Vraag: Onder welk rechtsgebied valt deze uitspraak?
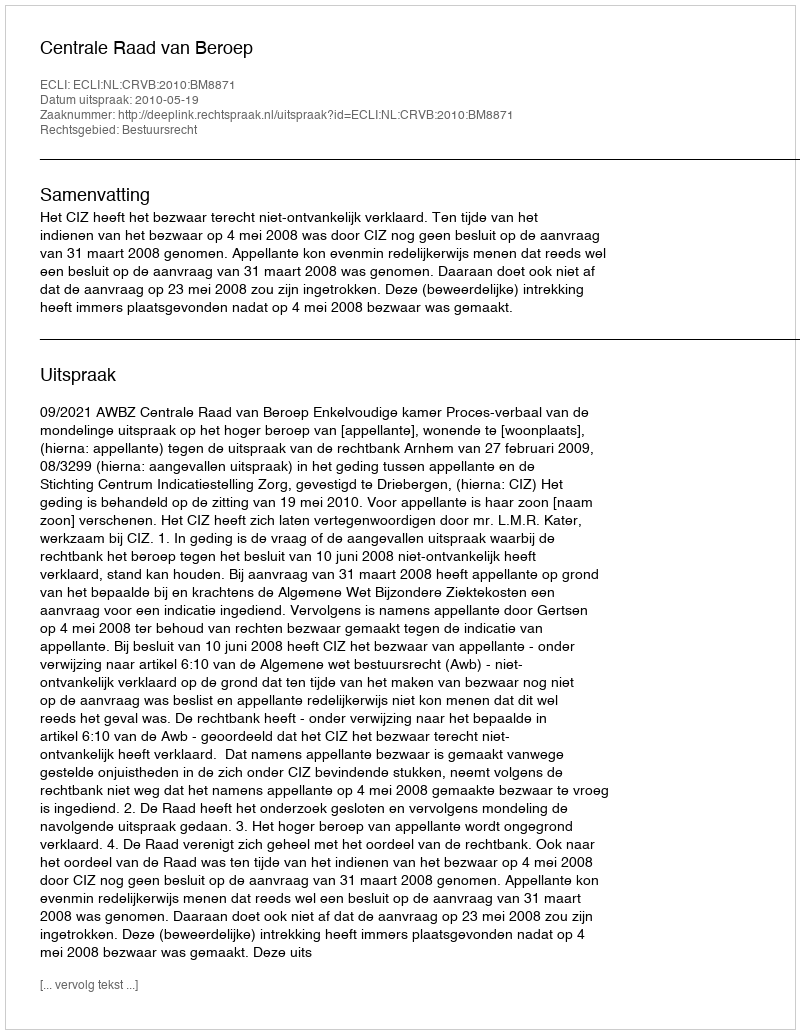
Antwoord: Bestuursrecht